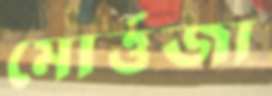
মোর্ত্তজা